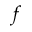
f